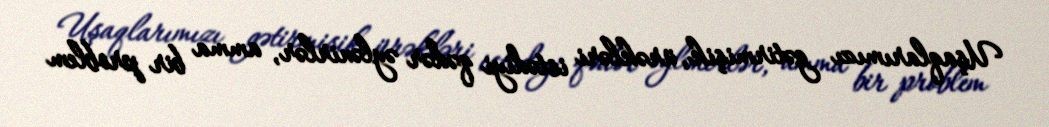
Uşaqlarımızı gətirmişik, ürəkləri istədiyi qədər əylənirlər, amma bir problem